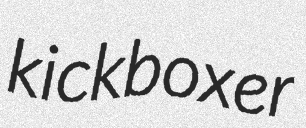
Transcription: kickboxer